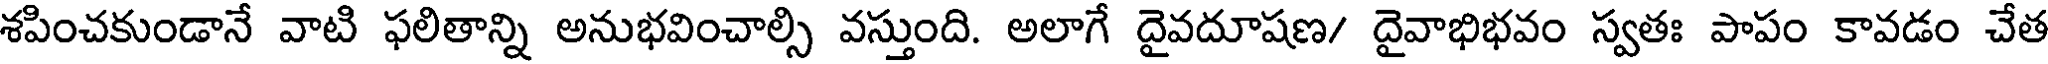
శపించకుండానే వాటి ఫలితాన్ని అనుభవించాల్సి వస్తుంది. అలాగే దైవదూషణ/ దైవాభిభవం స్వతః పాపం కావడం చేత